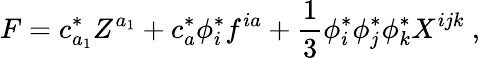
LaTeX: F=c_{a_{1}}^{*}Z^{a_{1}}+c_{a}^{*}\phi_{i}^{*}f^{ia}+\frac{1}{3}\phi_{i}^{*}\phi_{j}^{*}\phi_{k}^{*}X^{ijk}\ ,